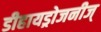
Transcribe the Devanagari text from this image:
डीहायड्रोजनीज्